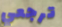
ترجعي